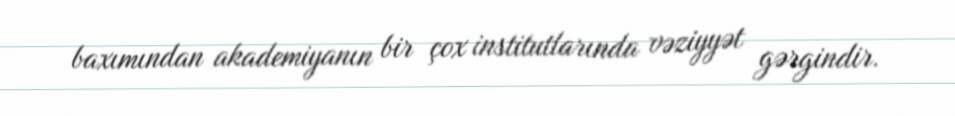
baxımından akademiyanın bir çox institutlarında vəziyyət gərgindir.